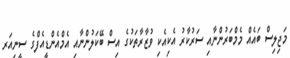
މަޖިލިސް ބައެއް މެމްބަރުންނާއި ސަރުކާރު އެކިއެކި ވުޒާރާތަކުގެ އިސް ބޭކަލުންނާއި އެމްއެންޑީއެފްގެ ސީނިއަރ